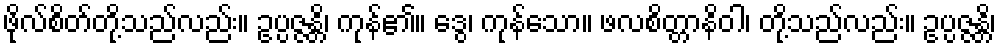
ဖိုလ်စိတ်တို့သည်လည်း။ ဥပ္ပဇ္ဇန္တိ၊ ကုန်၏။ ဒွေ၊ ကုန်သော။ ဖလစိတ္တာနိဝါ၊ တို့သည်လည်း။ ဥပ္ပဇ္ဇန္တိ၊